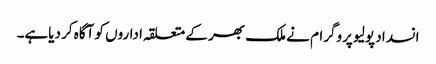
انسداد پولیو پروگرام نے ملک بھر کے متعلقہ اداروں کو آگاہ کر دیاہے۔